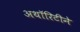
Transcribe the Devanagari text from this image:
अथॉरिटीने